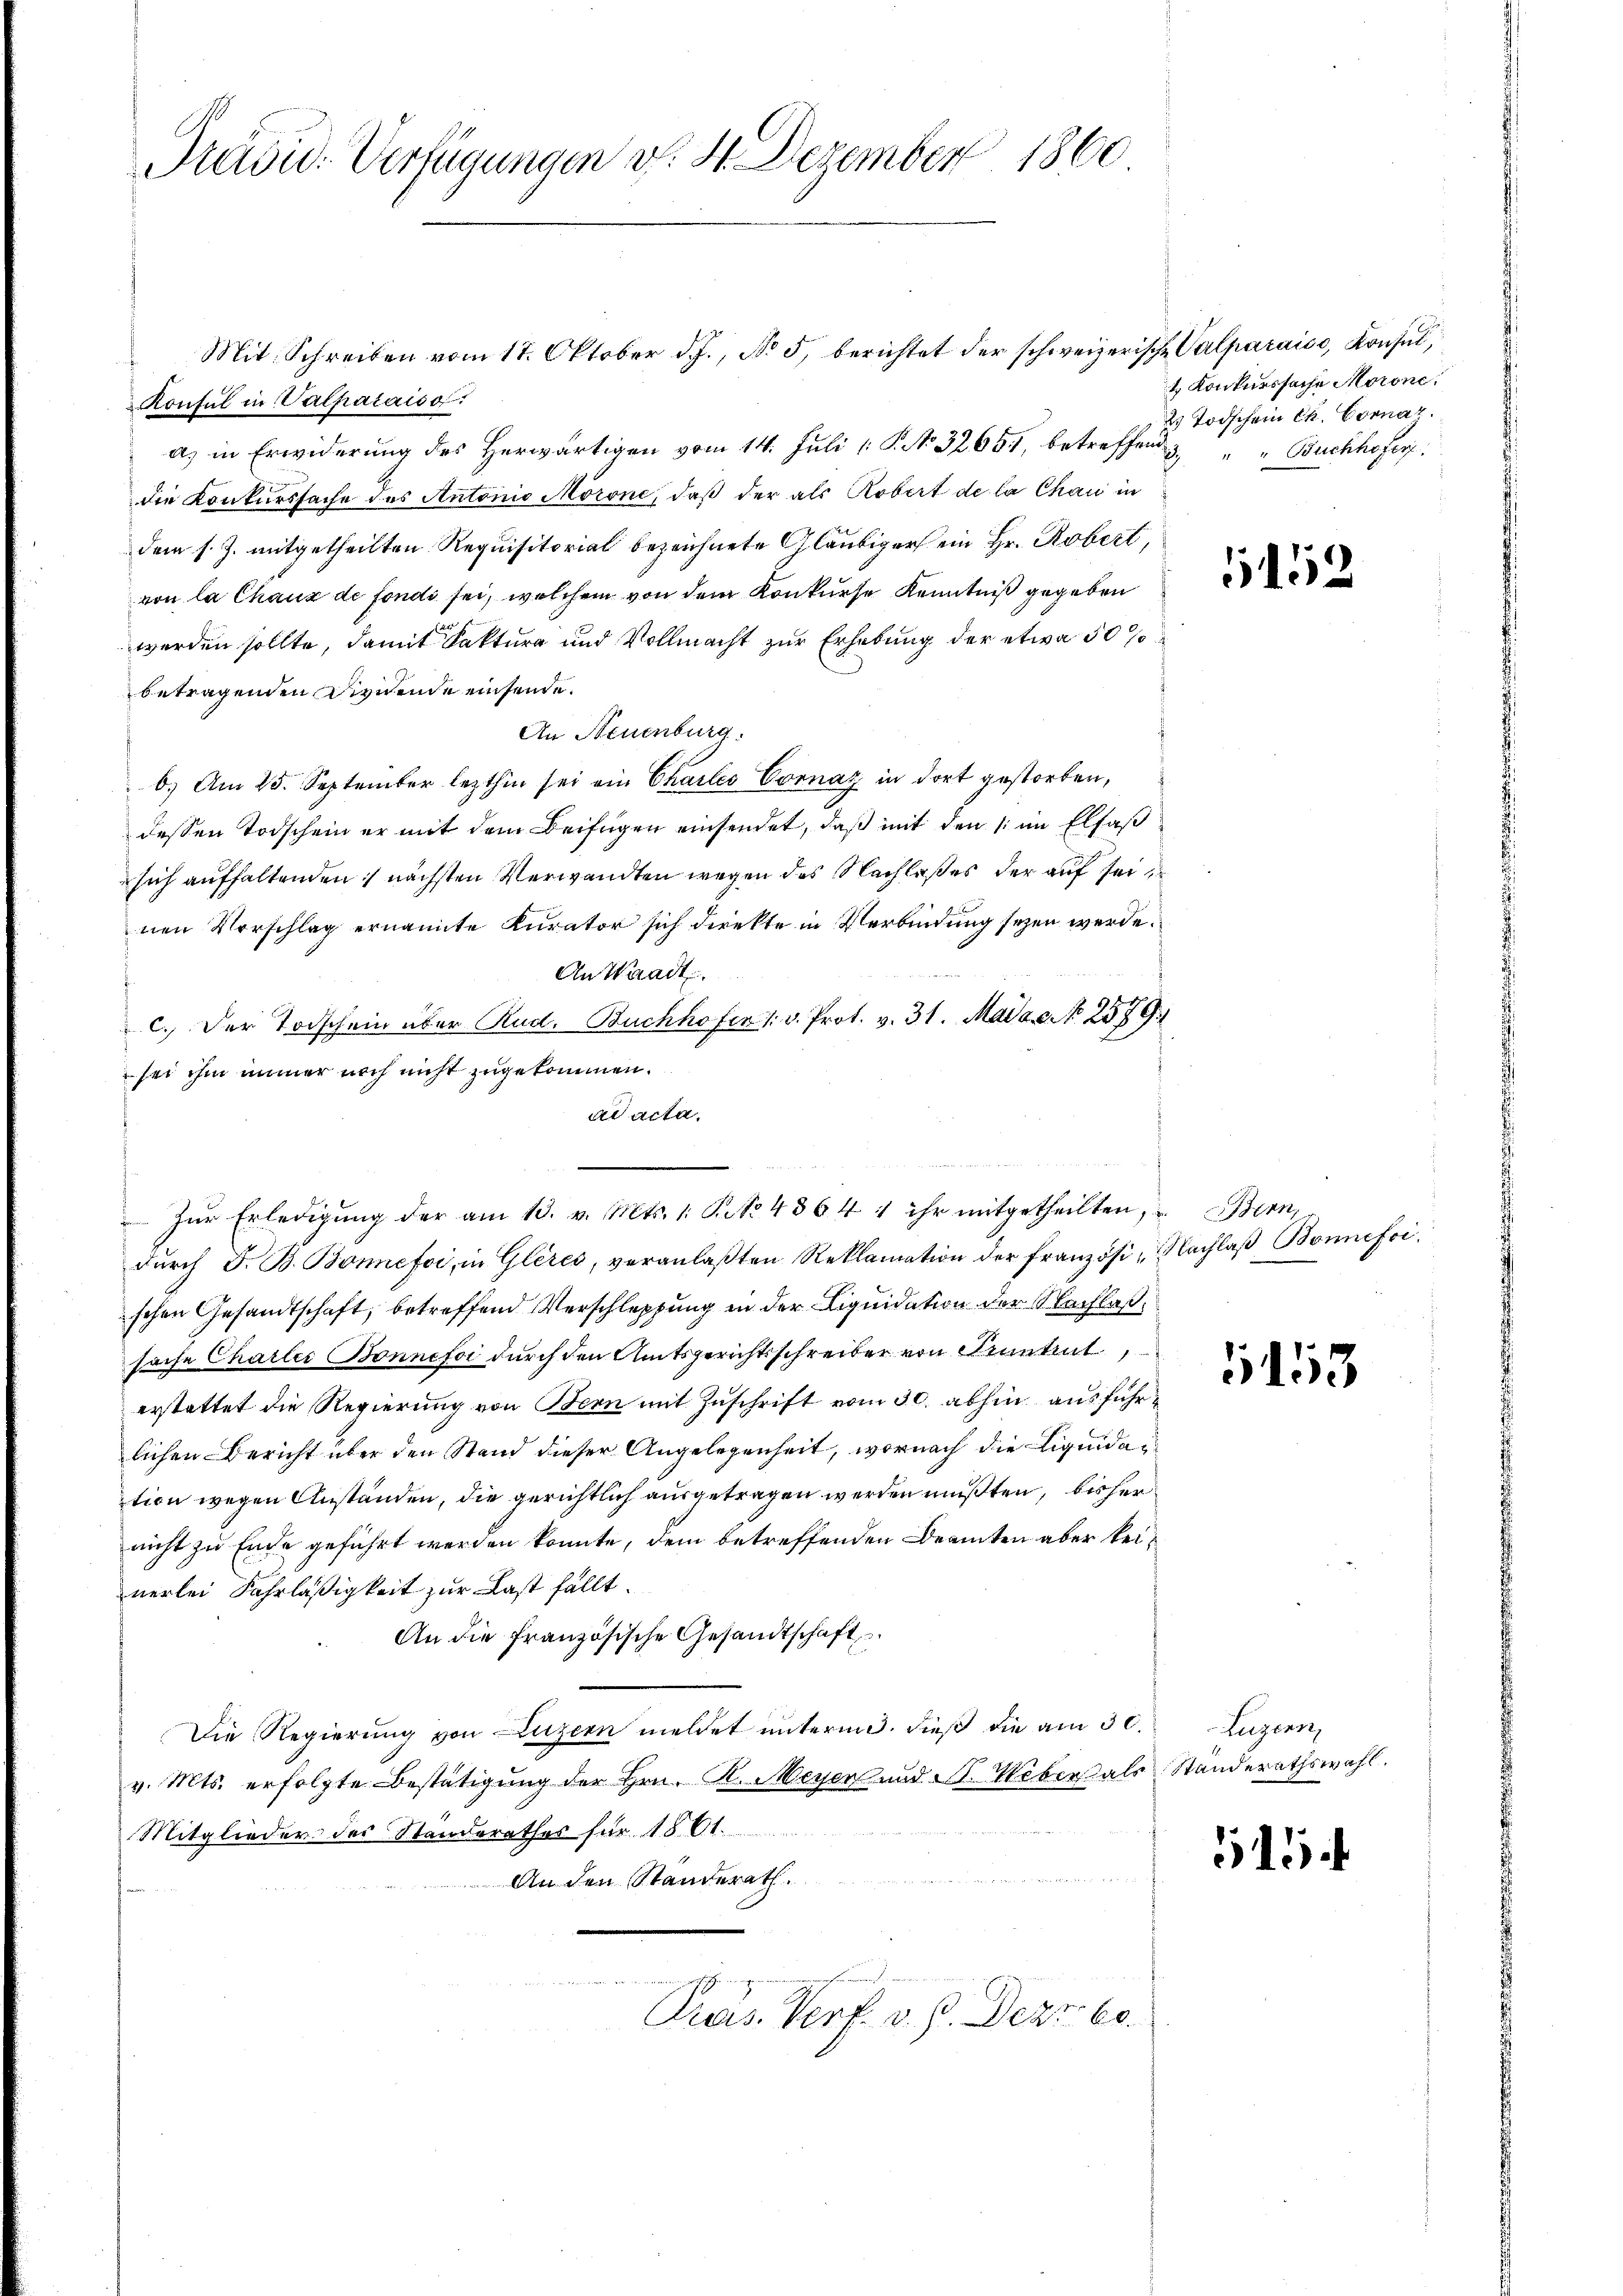
Präsid. Verfügungen v. 4. Dezember 1860

Mit Schreiben vom 17. Oktober d. J., No 5, berichtet der schweizerische
Konsul in Valparaiso
a) in Erwiderung des Herwärtigen vom 14. Juli [ P. No 32651, betreffend
die Konkurssache des Antonio Morone, daß der als Robert de la Chau in
dem s. Z. mitgetheilten Requisitorial bezeichnete Gläubiger ein Hr. Robert,
von la Chaux de fondi sei, welchem von dem Konkurse Kenntniß gegeben
werden sollte, damit Faktura und Vollmacht zur Erhebung der etwa 50 %
betragenden Dividende einsende.
An Neuenburg.
b. Am 25. September lezthin sei ein Chailes Cornaz in dort gestorben,
dessen Todschein er mit dem Beifügen einsendet, daß mit den im Elfaß
sich aufhaltenden nächsten Verwandten wegen des Nachlaßes der auf seinen Vorschlag ernannte Kurator sich direkte in Verbindung seyen werde.
An Waadt.
c. Der Todschein über Rud. Buchhofer 1. v. Prot. v. 31. Mai a.c. No. 2579.
 sei ihm immer noch nicht zugekommen.
ad acta.
 Zŭr Erledigŭng der am 13. v. Mts. 1. S. No. 4864 u ihr mitgetheilten, u Bern,
dŭrch F. B. Bonne foi, in Glères, veranlaβten Reklamation der französi-Nachlaβ Bonifischen Gesandtschaft, betreffend Verschleppung in der Liquidation der Nachlaßsache Charler Bonnefoi durch den Amtsgerichtsschreiber von Kenntent
erstattet die Regierung von Bern mit Zuschrift vom 30. abhin ausführlichen Bericht über den Stand dieser Angelegenheit, wornach die Liquidation wegen Anständen, die gerichtlich ausgetragen werden mußten, bisher
nicht zu Ende geführt werden könnte, dem betreffenden Beamten aber keinerlei Fahrläßigkeit zur Last fällt.
An die französische Gesandtschaft
Die Regierung von Luzern meldet unterm 3. dieß die am 30.
v. Mts. erfolgte Bestätigung der Hrn. R. Meyer und A. Weber als Standerathswahl.
Mitglieder des Standerathes für 1801.
An den Standerath.
Praes. Verf. v. 6. Dezr. 60.

Z Valparais, Konsul,
t Konkurssache Morone.
2. Todschein Ch. Vornat.
 " " Buchhofer

1152

1153

Luzern,

515.